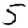
Digit: 5